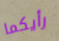
رأيكما